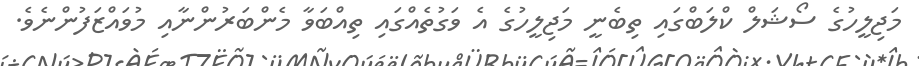
މަޖިލީހުގެ ސޯޝަލް ކްލަބްގައި ތިބެނީ މަޖިލީހުގެ އެ ވަގުތެއްގައި ތިއްބަވާ މެންބަރުންނާއި މުވައްޒަފުންނެވެ.